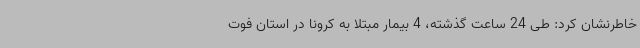
خاطرنشان کرد: طی 24 ساعت گذشته، 4 بیمار مبتلا به کرونا در استان فوت